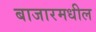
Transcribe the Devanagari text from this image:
बाजारमधील